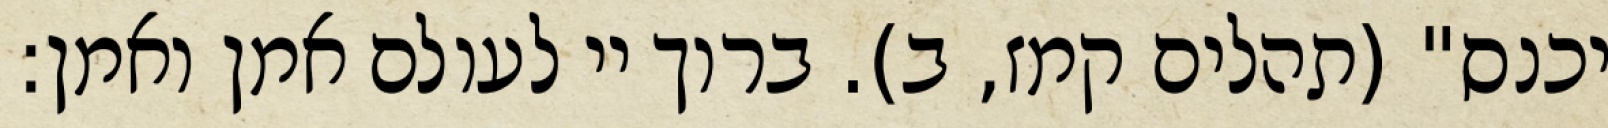
יכנס" (תהלים קמז, ב). ברוך יי לעולם אמן ואמן: